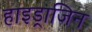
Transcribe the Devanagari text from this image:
हाइड्राजिन